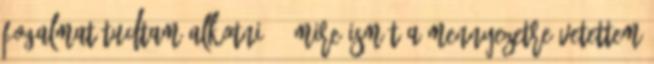
fogalmat tudtam alkotni -, mire ismét a mennyezetre vetettem